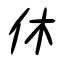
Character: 休